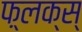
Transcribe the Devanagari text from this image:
फ़्लक्स्